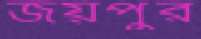
জয়পুর